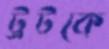
ট্রটকে